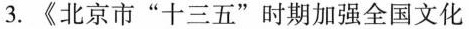
3.《北京市”十三五”时期加强全国文化